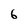
Character: 6